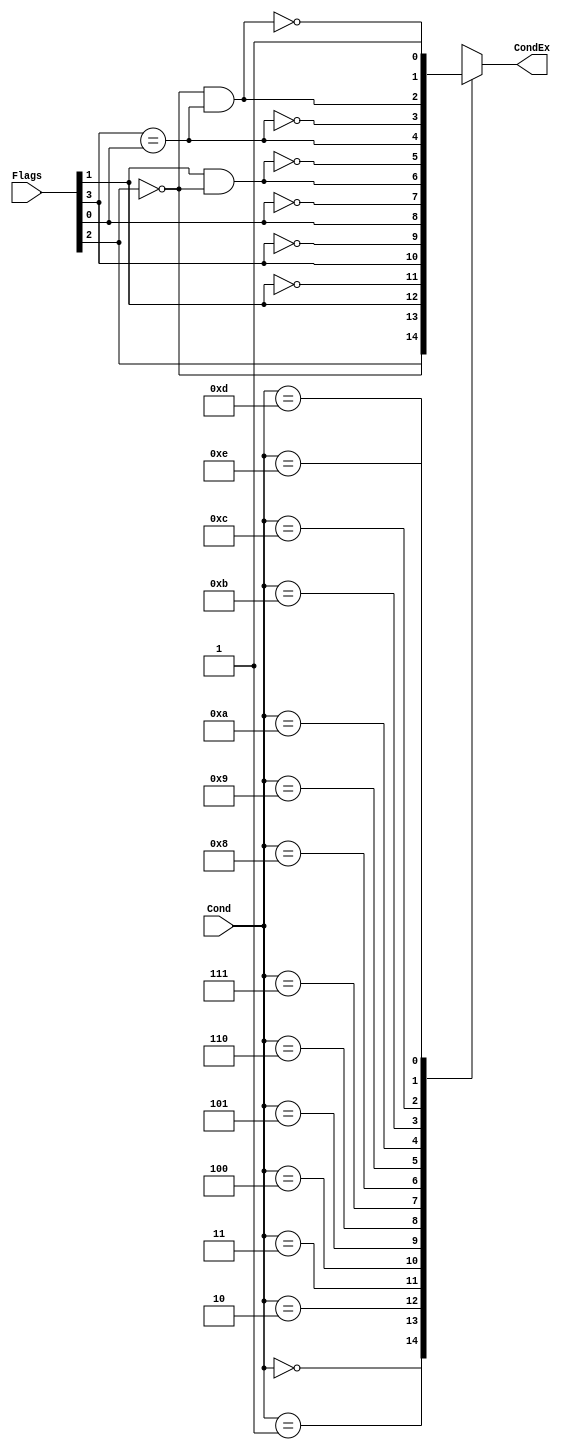
module condcheck (
	Cond,
	Flags,
	CondEx
);
	input wire [3:0] Cond;
	input wire [3:0] Flags;
	// output wire CondEx;
	output reg CondEx; // Modificado a REG para usar bloque always @()

	// ADD CODE HERE
	// ADDED: Logica de condcheck. Basado en LAB04
	wire neg;
	wire zero;
	wire carry;
	wire overflow;
	wire ge;
	assign {neg, zero, carry, overflow} = Flags;
	assign ge = neg == overflow;
	always @(*)
		// Condiciones de flags definidas por Tabla
		case (Cond)
			4'b0000: CondEx = zero;
			4'b0001: CondEx = ~zero;
			4'b0010: CondEx = carry;
			4'b0011: CondEx = ~carry;
			4'b0100: CondEx = neg;
			4'b0101: CondEx = ~neg;
			4'b0110: CondEx = overflow;
			4'b0111: CondEx = ~overflow;
			4'b1000: CondEx = carry & ~zero;
			4'b1001: CondEx = ~(carry & ~zero);
			4'b1010: CondEx = ge;
			4'b1011: CondEx = ~ge;
			4'b1100: CondEx = ~zero & ge;
			4'b1101: CondEx = ~(~zero & ge);
			4'b1110: CondEx = 1'b1; // No condicionada
			default: CondEx = 1'bx;
		endcase
endmodule